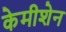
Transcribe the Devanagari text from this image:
केमीशेन